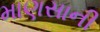
માણસાની